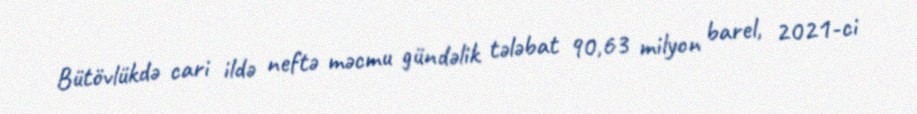
Bütövlükdə cari ildə neftə məcmu gündəlik tələbat 90,63 milyon barel, 2021-ci